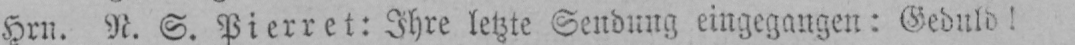
Hrn. N. S. Pierret: Ihre letzte Sendung eingegangen: Geduld!